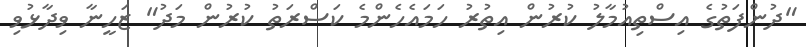
"ދުންފަތުގެ އިސްތިއުމާލު ކުރުން އިތުރު ހަމައެހެންމެ ކަސްރަތު ކުރުން މަދު" ޒަހީނާ ވިދާޅުވި